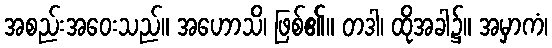
အစည်းအဝေးသည်။ အဟောသိ၊ ဖြစ်၏။ တဒါ၊ ထိုအခါ၌။ အမှာကံ၊